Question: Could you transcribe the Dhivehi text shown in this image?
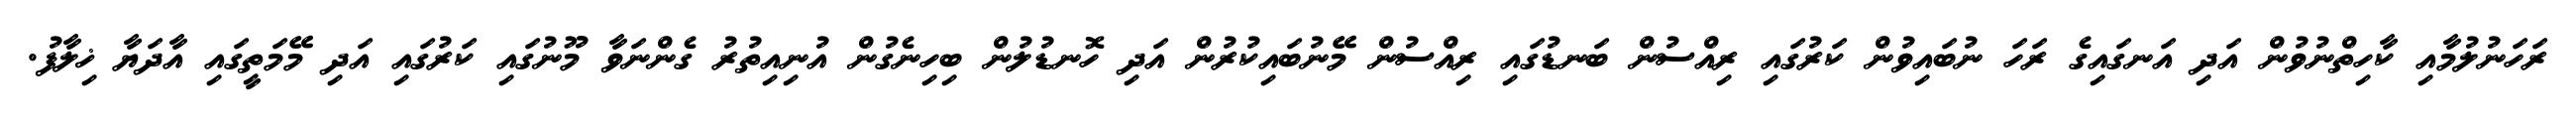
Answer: ރަހަނުލުމާއި ކާހިތްނުވުން އަދި އަނގައިގެ ރަހަ ނުބައިވުން ކަރުގައި ރިއްސުން ބަނޑުގައި ރިއްސުން މޭނުބައިކުރުން އަދި ހޮނޑުލުން ބިހިނެގުން އުނިއިތުރު ގެންނަވާ މޫނުގައި ކަރުގައި އަދި މޭމަތީގައި އާދަޔާ ޚިލާފު.